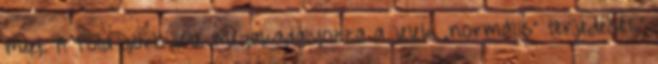
meg. A Föld görbülete megakadályozza a jelek „normális” terjedését.”